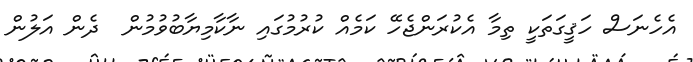
އެހެނަސް ހަޤީގަތަކީ ތިމާ އެކުރަންޖެހޭ ކަމެއް ކުރުމުގައި ނާކާމިޔާބުވުމުން  ދެން އަލުން